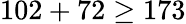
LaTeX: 102+72\geq 173